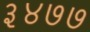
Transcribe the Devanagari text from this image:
३४७७